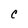
Character: C